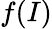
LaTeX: f(I)